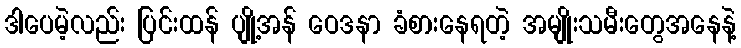
ဒါပေမဲ့လည်း ပြင်းထန် ပျို့အန် ဝေဒနာ ခံစားနေရတဲ့ အမျိုးသမီးတွေအနေနဲ့